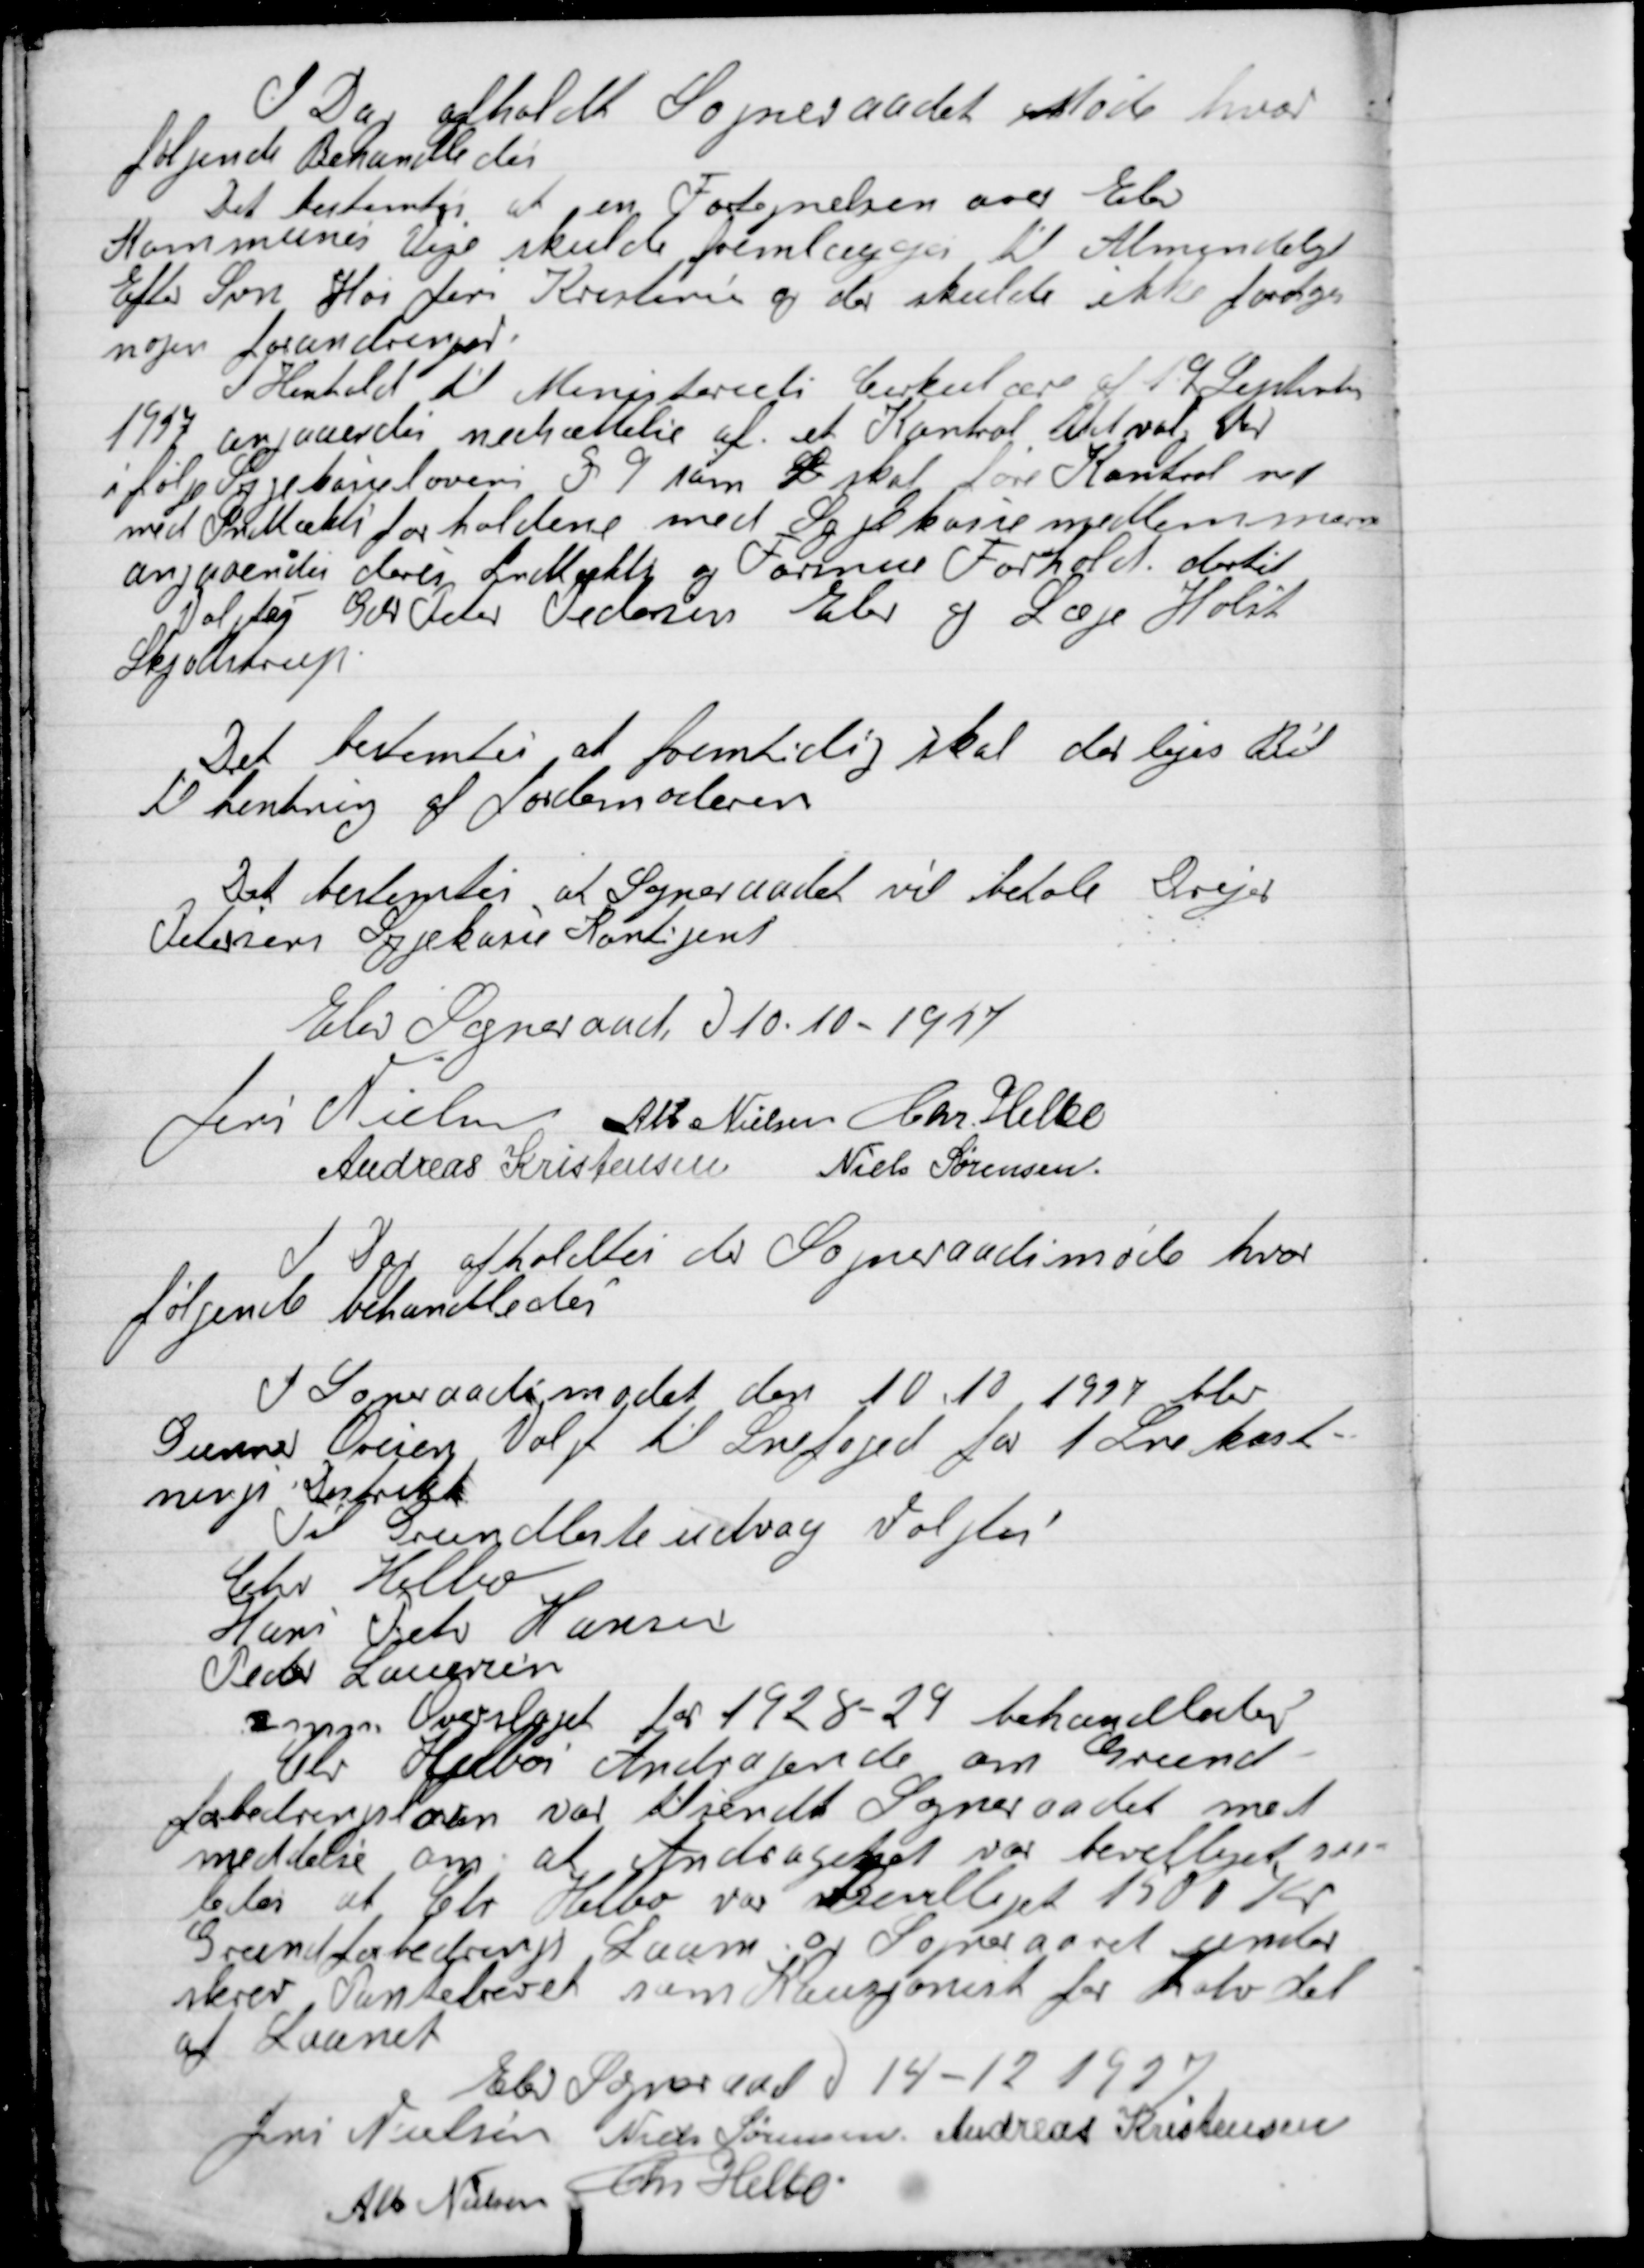
Transskription:
I Dag afholdt Sogneraadet Møde hvor
følgende Behandledes der

Det bestemtes at en Fortegnelsen over Elev
Kommunens Veje skulle fremlægges til Almindeligt
Efter Syn Hos Jens Kristensen og der skulde ikke foretages
nogen forandringer.
I Henholdt til Ministeriets Cirkulær af 19 September
1917 angaaende nedsættelse af et Kontrol Udvalg Der
ifølge Sygekasseloven § 9 ham S skal føre Kontrol med
med Indtækts forholdene med Sygekassemedlemmerne
angaaende deres Indtækts og Formue forhold dertil
Valgtes Gdr. Peter Petersen Elev og Læge Holst
Skjodstrup.

Det bestemtes at fremtidig skal der lejes Bil
til hentning af Jordemoderen.

Det bestemtes at Sogneraadet vil betale Drejes
Petersens Sygekasse Kontingent.

Elev Sogneraad d. 10.10 – 1917

Jens Nielsen
 Alb. Nielsen.
Chr. Helbo
Andreas Kristensen
Niels Sørensen

I Dag afholdtes der Sogneraadsmøde hvor
følgned behandledes

I Sogneraadsmødet den 10.10 – 1917 blev
Gunner Oresen Valgt til Snefoged for 1 Snekast-
ning Distrikt.
Til Grundliste udvalg Valgtes
Chr. Helbo
Hans Peter Hansen
Peder Laursen
Angaaende Overslaget for 1928-29 behandlede
Gdr. Helbo Andragende om Grund-
forbedringslaan var tilsendt Sogneraadet med
meddeles om at Andragenet var bevilget til-
 at Chr. Henbo var Bevilliget 1500 Kr
Grundforbedrings Laan og Sogneraadet under-
skrev Pantebrevet som Kautionist for Halvdel
af Laanet.

Elev Sogneraad 14-12-1927

Jens Nielsen
Niels Sørensen
Andreas Kristensen
Alb. Nielsen
Chr. Helbo